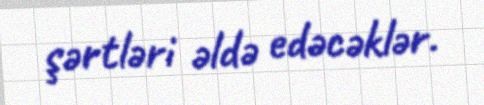
şərtləri əldə edəcəklər.